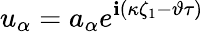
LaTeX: u_{\alpha}=a_{\alpha}e^{\mathbf{i}(\kappa\zeta_{1}-\vartheta\tau)}